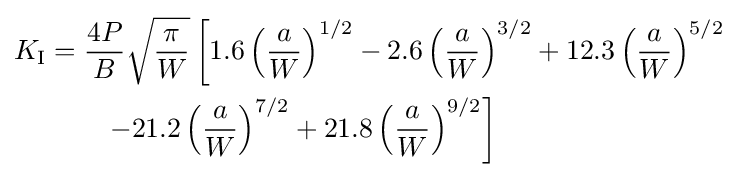
{\begin{aligned}K_{\rm {I}}&={\frac {4P}{B}}{\sqrt {\frac {\pi }{W}}}\left[1.6\left({\frac {a}{W}}\right)^{1/2}-2.6\left({\frac {a}{W}}\right)^{3/2}+12.3\left({\frac {a}{W}}\right)^{5/2}\right.\\&\qquad \left.-21.2\left({\frac {a}{W}}\right)^{7/2}+21.8\left({\frac {a}{W}}\right)^{9/2}\right]\end{aligned}}